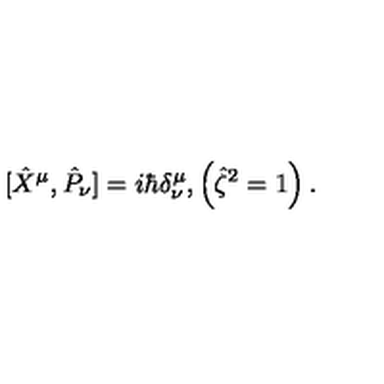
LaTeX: \ [ \hat { X } ^ { \mu } , \hat { P } _ { \nu } ] = i \hbar \delta _ { \nu } ^ { \mu } , \left( \hat { \zeta } ^ { 2 } = 1 \right) .